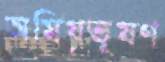
অমিয়ভূষণ